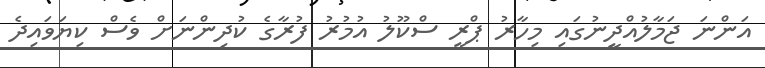
އަންނަ ޖަމާލުއްދީނުގައި މިހާރު ޕްރީ ސްކޫލު އުމުރު ފުރާގެ ކުދިންނަށް ވެސް ކިޔަވައިދެ